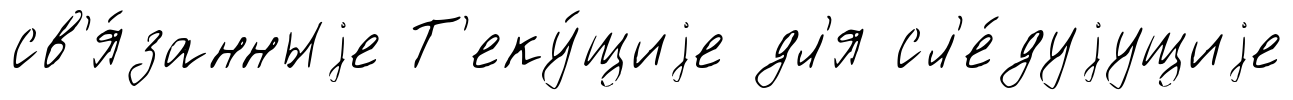
св'я́занныjе Т'еку́щиjе дл'я сл'е́дуjущиjе